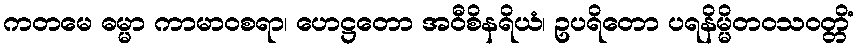
ကတမေ ဓမ္မာ ကာမာဝစရာ၊ ဟေဋ္ဌတော အဝီစိနရိယံ၊ ဥပရိတော ပရနိမ္မိတဝသဝတ္တိံ